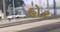
હોર